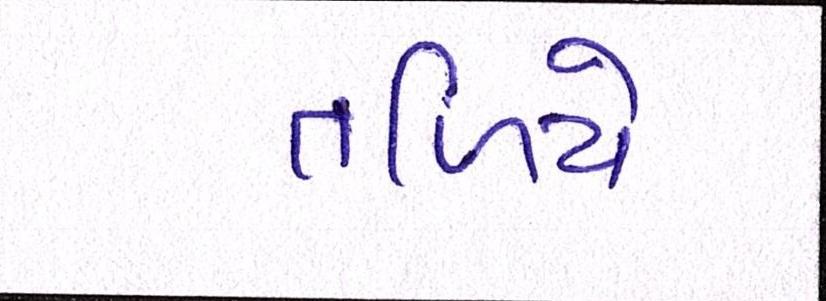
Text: તળિયે